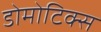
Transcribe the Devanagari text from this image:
डोमोटिक्स